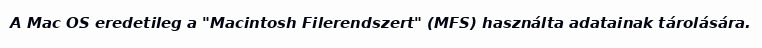
A Mac OS eredetileg a "Macintosh Filerendszert" (MFS) használta adatainak tárolására.